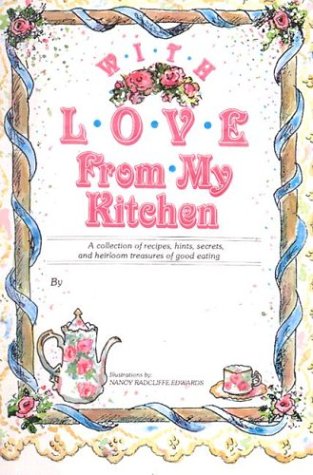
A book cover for With Love from My Kitchen; Nancy Radcliffe Edwards; Cookbooks, Food & Wine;